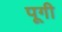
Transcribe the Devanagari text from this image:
पूगी